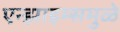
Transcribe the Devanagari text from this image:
एन्झाइम्समुळे